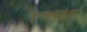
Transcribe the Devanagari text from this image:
इन्‍फ्लुएंझा